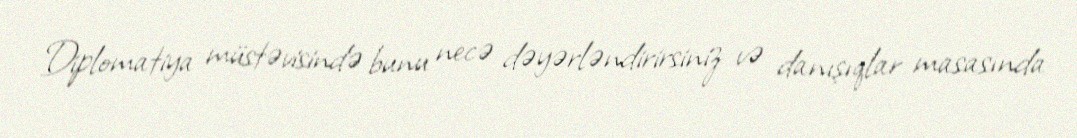
Diplomatiya müstəvisində bunu necə dəyərləndirirsiniz və danışıqlar masasında